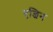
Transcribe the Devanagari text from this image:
एन्जिन